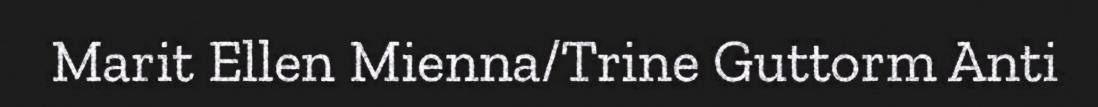
Marit Ellen Mienna/Trine Guttorm Anti